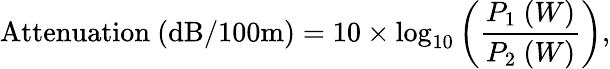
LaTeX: {\mathrm{Attenuation~(dB/100m)}}=10\times\log_{10}\left({\frac{P_{1}\ (W)}{P_{2}\ (W)}}\right),